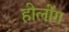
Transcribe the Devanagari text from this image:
होलोंग